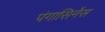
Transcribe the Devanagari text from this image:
पंगासिनेंस